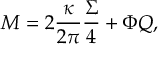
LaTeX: M = 2 \frac { \kappa } { 2 \pi } \frac { \Sigma } { 4 } + \Phi Q ,